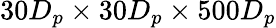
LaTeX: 30D_{p}\times 30D_{p}\times 500D_{p}